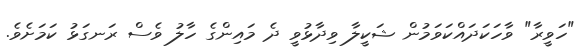
"ހަވީރާ" ވާހަކަދައްކަވަމުން ޝަކީލާ ވިދާޅުވީ ދެ މައިންގެ ހާލު ވެސް ރަނގަޅު ކަމަށެވެ.